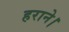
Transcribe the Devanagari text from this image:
हराने।